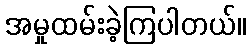
အမှုထမ်းခဲ့ကြပါတယ်။